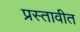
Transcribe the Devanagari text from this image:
प्रस्तावीत